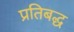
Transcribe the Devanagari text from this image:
प्रतिबद्ध